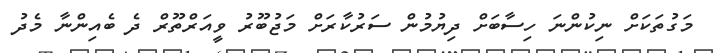
މަގުތަކަށް ނިކުންނަ ހިސާބަށް ދިޔުމުން ސަރުކާރަށް މަޖުބޫރު ވީއަރްތޫރް ދެ ބެއިންނާ މެދު